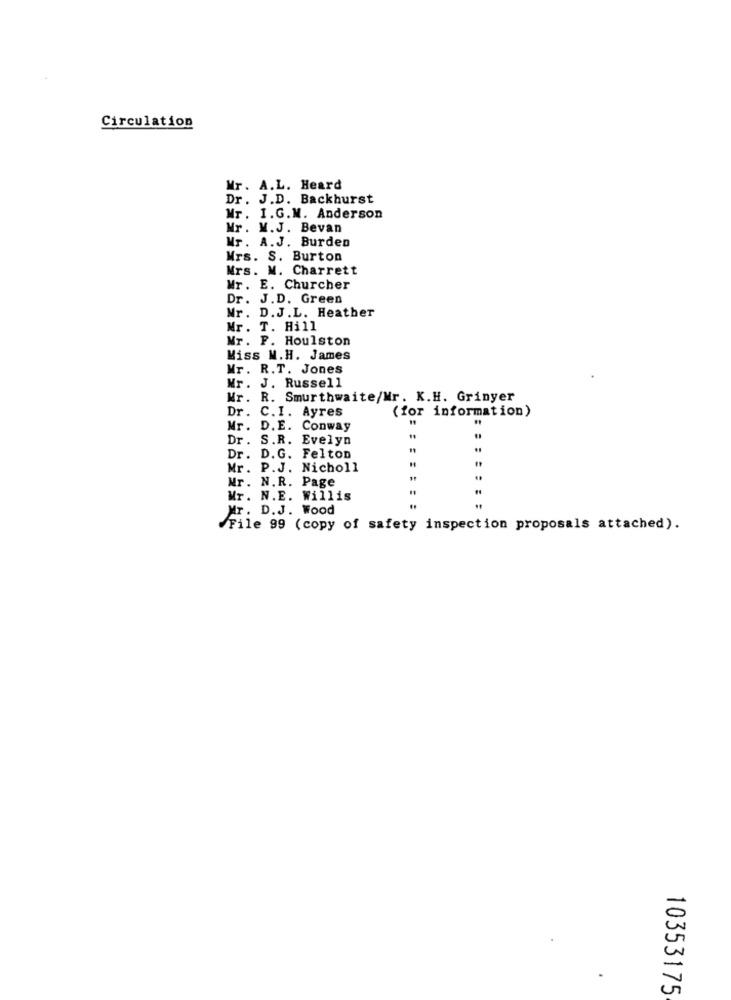
Circulation
Mr. A.L. Heard
Dr. J.D. Backhurst
Mr. I.G.M. Anderson
Mr. M.J. Bevan
Mr. A.J. Burden
Mrs. S. Burton
Mrs. M. Charrett
Mr. E. Churcher
Dr. J.D. Green
Mr. D.J.L. Heather
Mr. T. Hill
Mr. F. Houlston
Miss M.H. James
Mr. R.T. Jones
Mr. J. Russell
Mr. R. Smurthwaite/Mr. K.H. Grinyer
Dr. C.I. Ayres
(for information)
Mr. D.E. Conway
Dr. S.R. Evelyn
Dr. D.G. Felton
Mr. P.J. Nicholl
Nr. N.R. Page
Mr. N.E. Willis
Mr . D.J. Wood
File 99 (copy of safety inspection proposals attached).
10353175